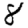
Digit: 8